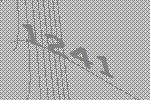
1241